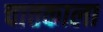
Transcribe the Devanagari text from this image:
चातकाला